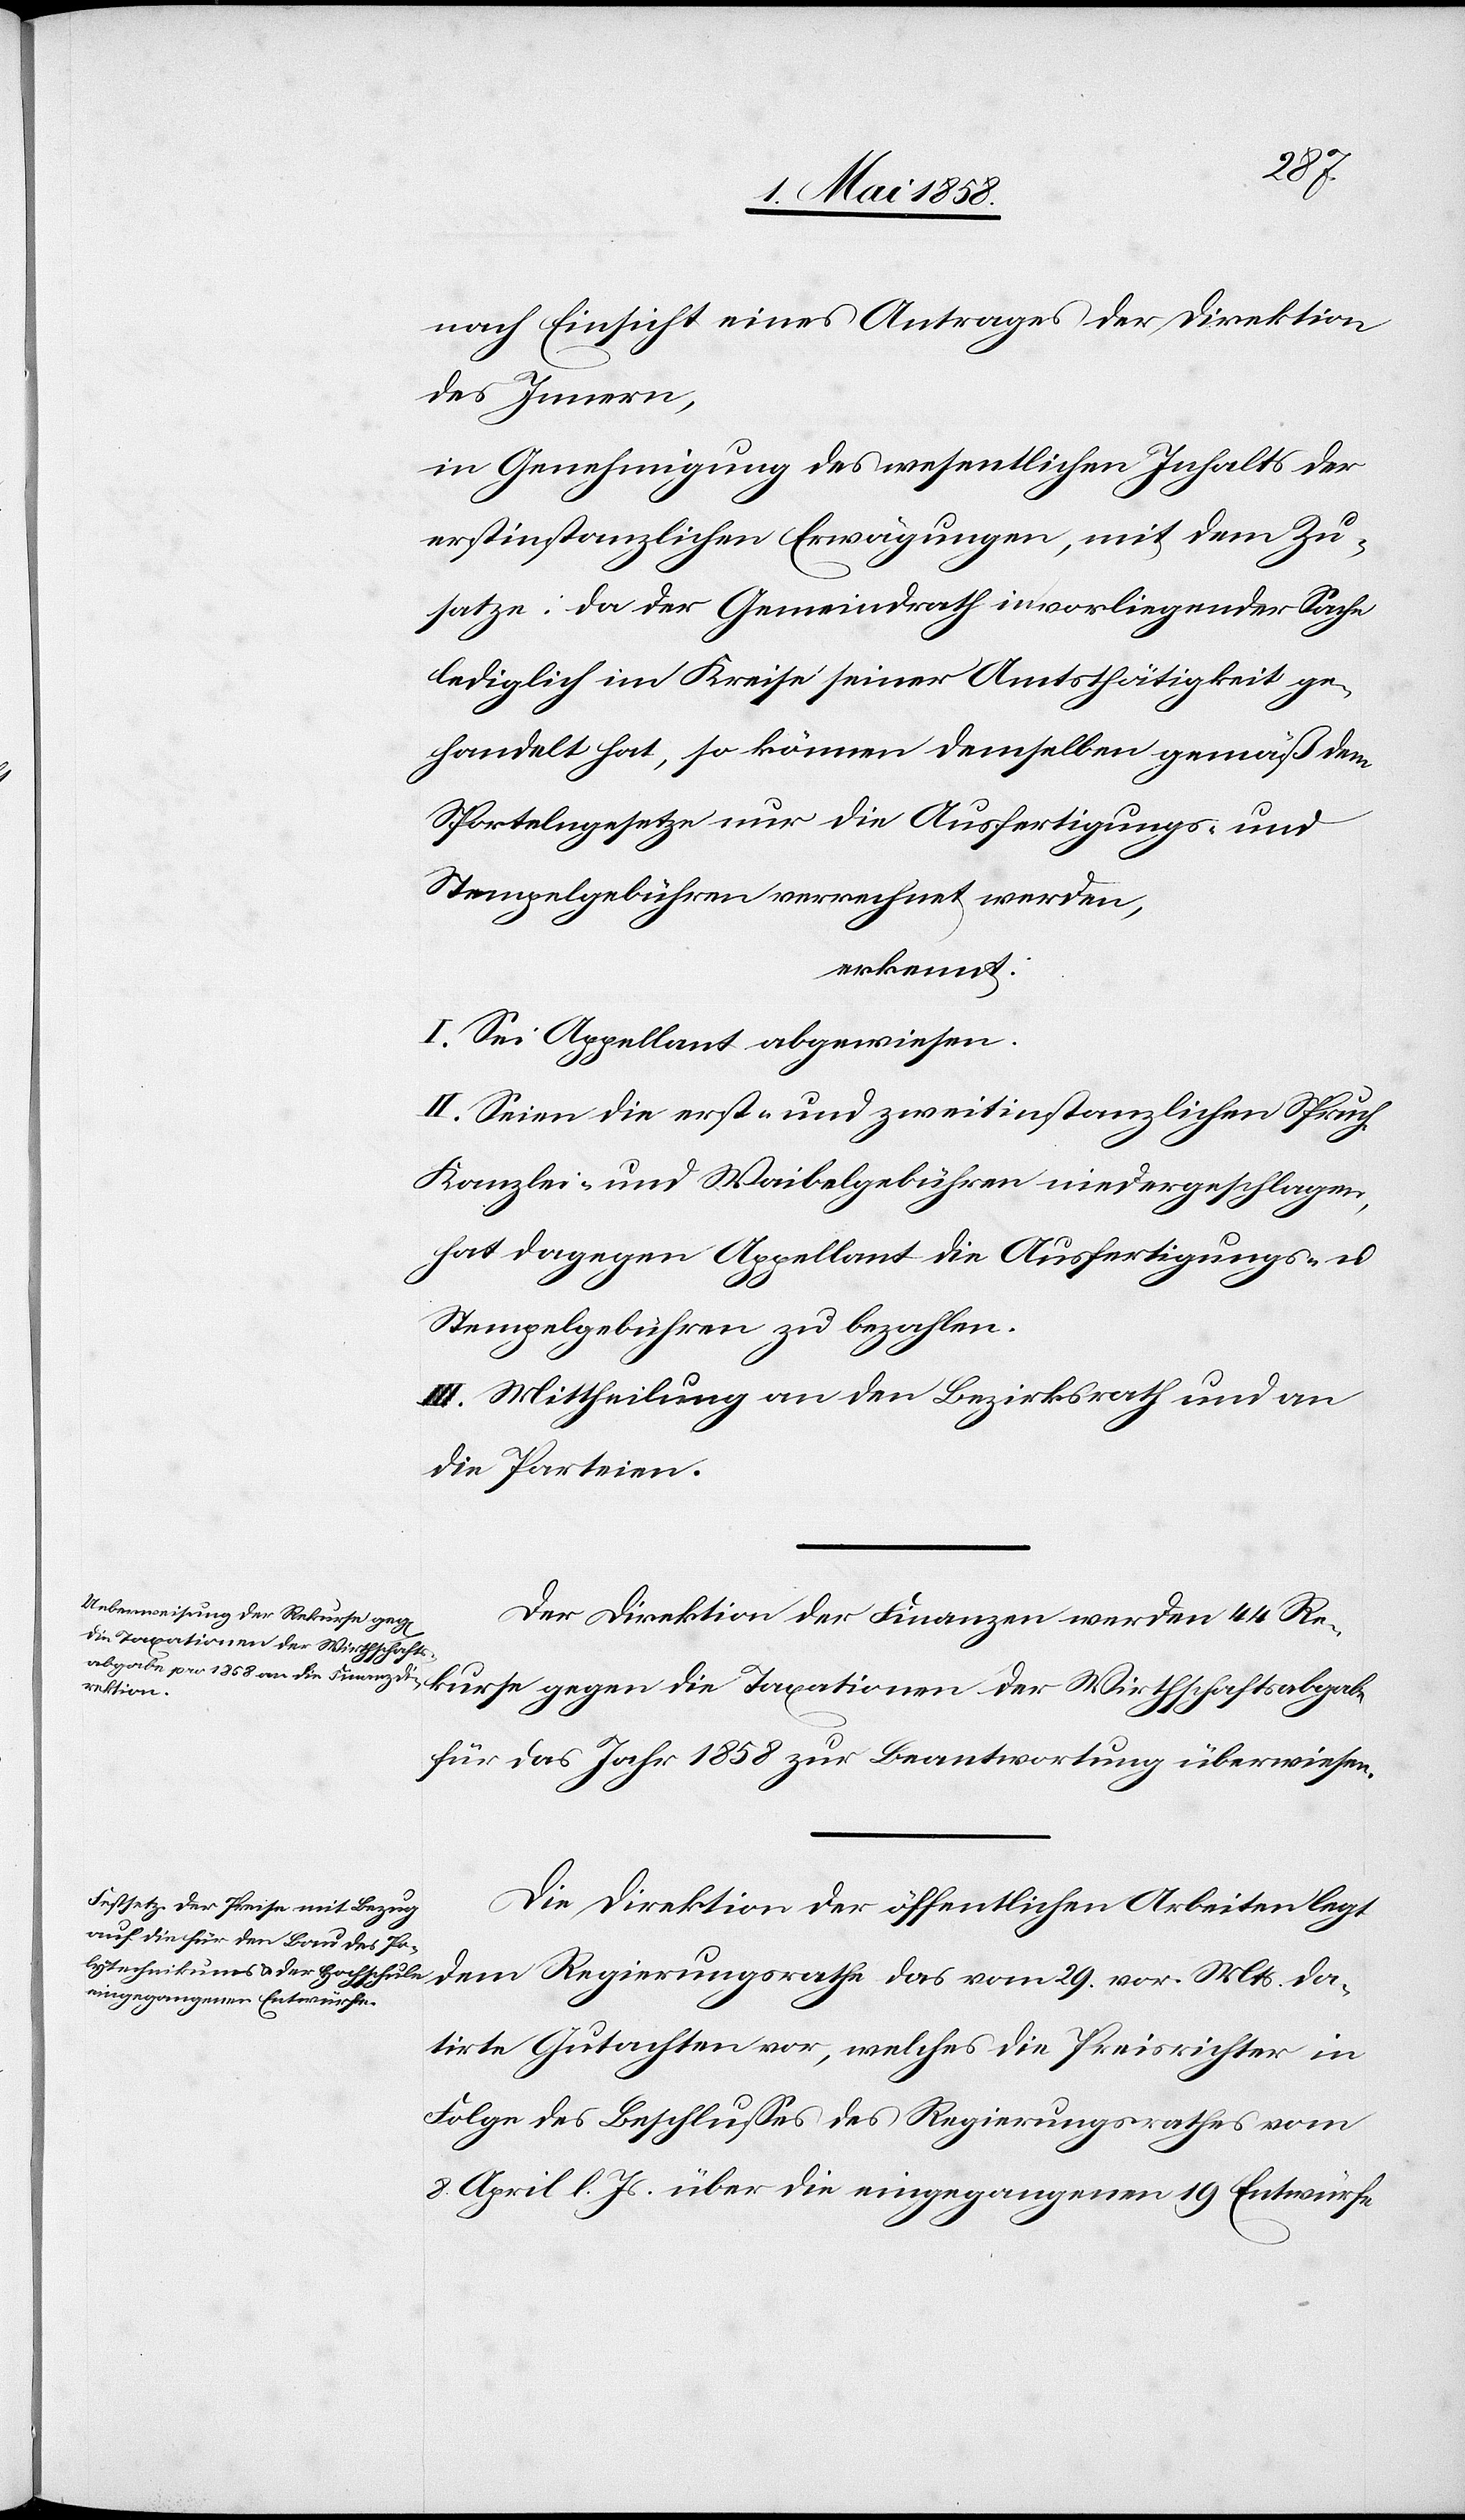
29.
nach Einsicht eines Antrages der Direktion
des Innern,
in Genehmigung des wesentlichen Inhalts der
erstinstanzlichen Erwägungen, mit dem Zu¬
satze: da der Gemeindrath in vorliegender Sache
lediglich im Kreise seiner Amtsthätigkeit ge¬
handelt hat, so können demselben gemäß dem
Sportelngesetze nur die Ausfertigungs- und
Stempelgebühren verrechnet werden,
erkennt:
I. Sei Appellant abgewiesen.
II. Seien die erst- und zweitinstanzlichen Spruch[-],
Kanzlei- und Waibelgebühren niedergeschlagen,
hat dagegen Appellant die Ausfertigungs-
u.
Stempelgebühren zu bezahlen.
III. Mittheilung an den Bezirksrath und an
die Parteien.
Der Direktion der Finanzen werden 44 Re¬
die Taxationen der Wirthschafts¬
für das Jahr 1858 zur Beantwortung überwiesen.
Die Direktion der öffentlichen Arbeiten legt
datirte Gutachten vor, welches die Preisrichter in
Folge des Beschlusses des Regierungsrathes vom
8. April l. Js. über die eingegangenen 19. Entwürfe